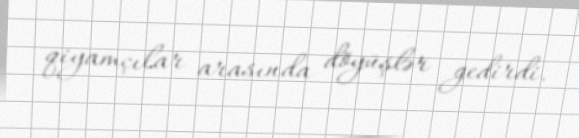
qiyamçılar arasında döyüşlər gedirdi.